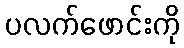
ပလက်ဖောင်းကို